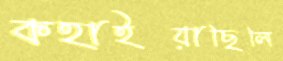
কহাইয়াছিলি